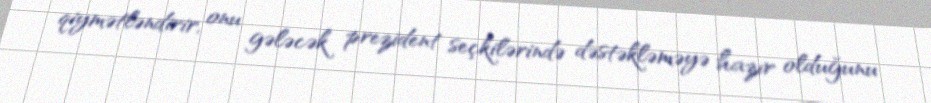
qiymətləndirir, onu gələcək prezident seçkilərində dəstəkləməyə hazır olduğunu